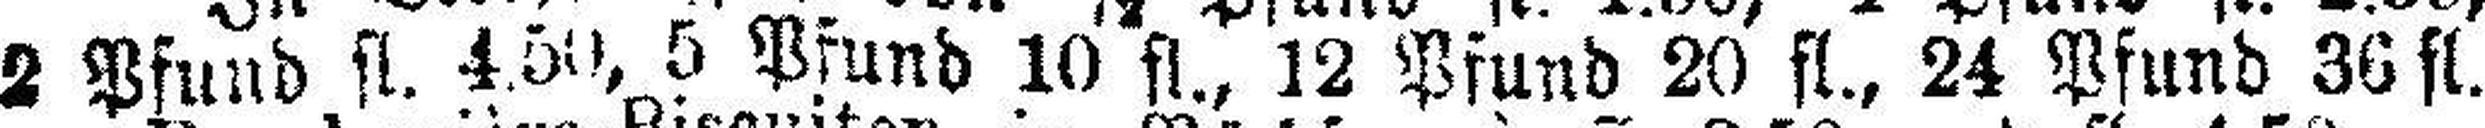
2 Pfund fl. 4.50, 5 Pfund 10 fl., 12 Pfund 20 fl., 24 Pfund 36 fl.